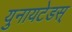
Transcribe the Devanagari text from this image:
युनायटेडस्